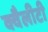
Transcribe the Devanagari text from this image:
क्वैलीटी